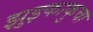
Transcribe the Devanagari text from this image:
झुइकाकुचा